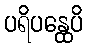
ပရိပန္ထေပိ